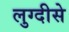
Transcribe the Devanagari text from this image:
लुग्दीसे